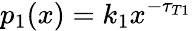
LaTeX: p_{1}(x)=k_{1}x^{-\tau_{T1}}